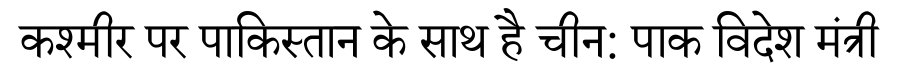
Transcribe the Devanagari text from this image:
कश्मीर पर पाकिस्तान के साथ है चीन: पाक विदेश मंत्री